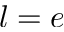
l = e